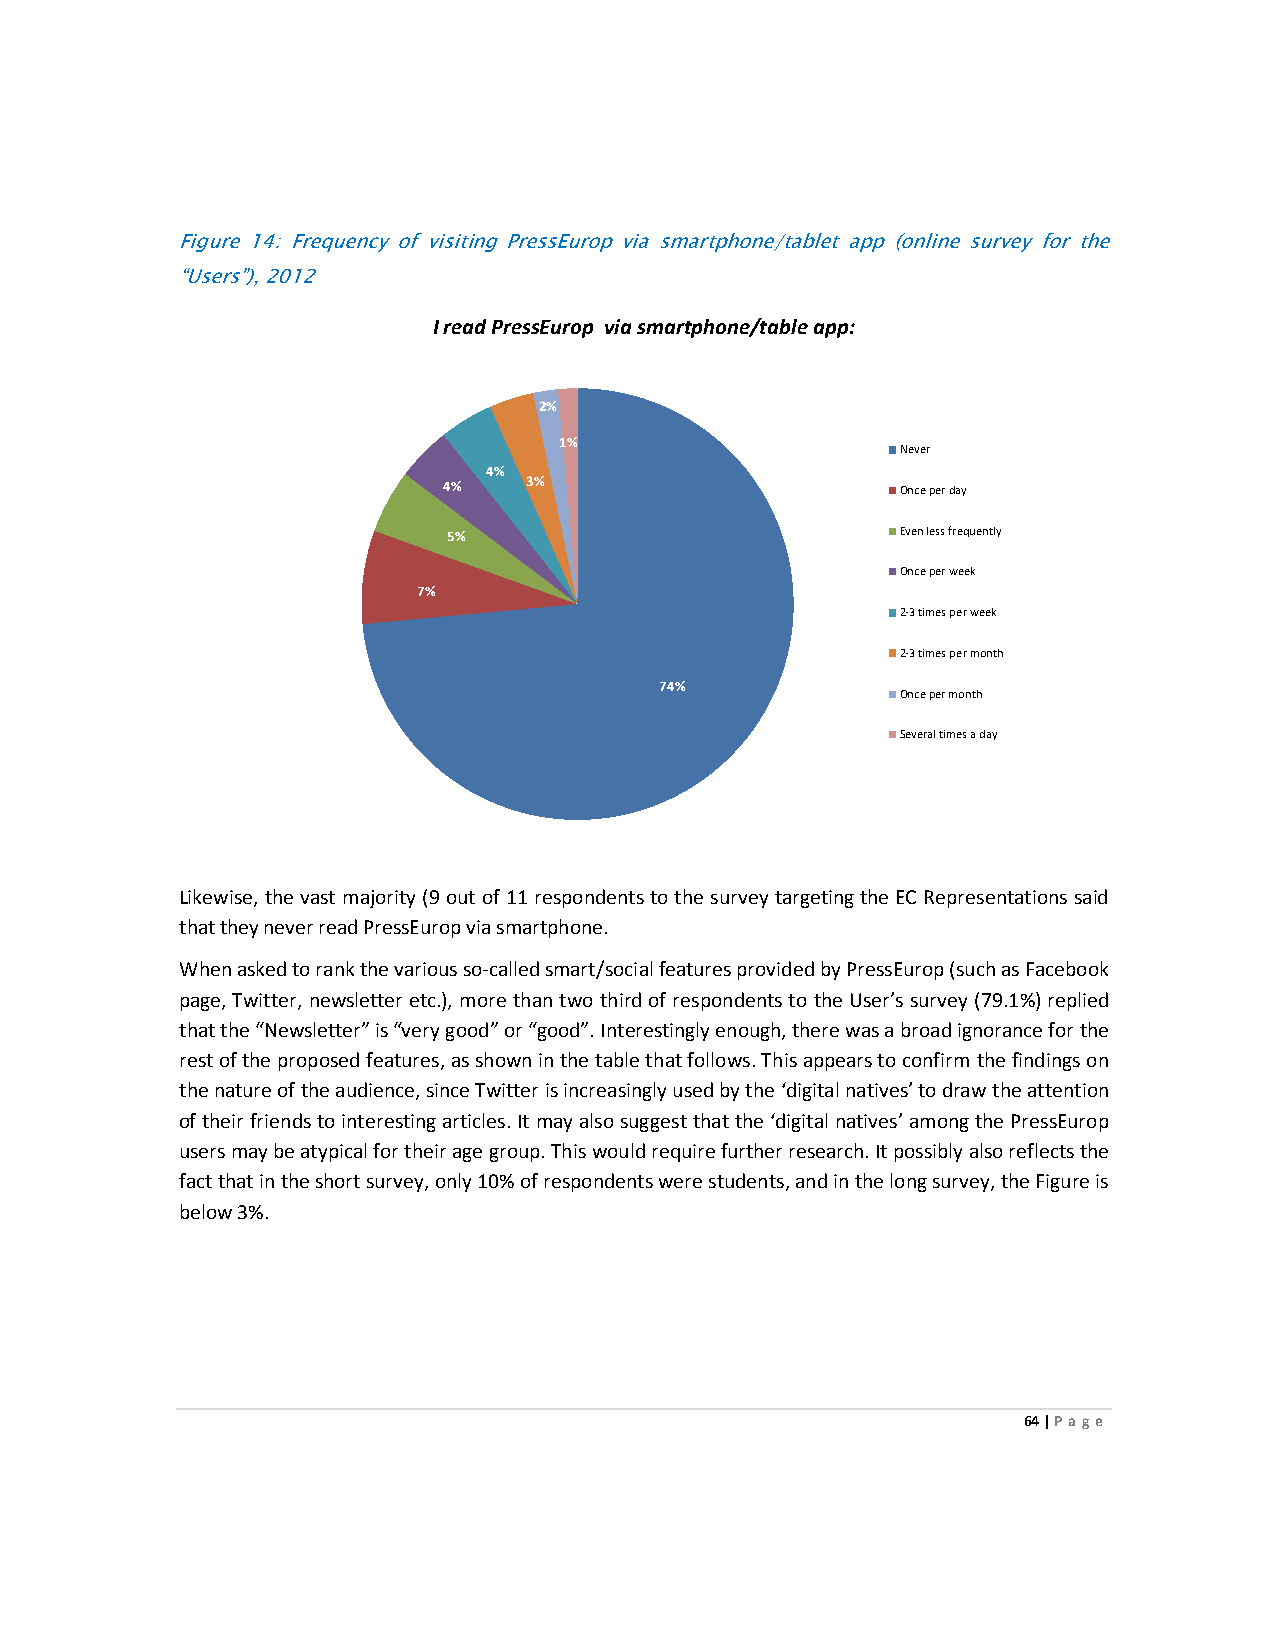
Figure 14: Frequency of visiting PressEurop via smartphone/tablet app (online survey for the
 “Users”), 2012
 I read PressEurop via smartphone/table app:
 2%
 1%
 Never
 4%
 4%    3%                       Once per day
 5%                            Even less frequently
 Once per week
 7%
 2-3 times per week
 2-3 times per month
 74%
 Once per month
 Several times a day
 Likewise, the vast majority (9 out of 11 respondents to the survey targeting the EC Representations said
 that they never read PressEurop via smartphone.
 When asked to rank the various so-called smart/social features provided by PressEurop (such as Facebook
 page, Twitter, newsletter etc.), more than two third of respondents to the User’s survey (79.1%) replied
 that the “Newsletter” is “very good” or “good”. Interestingly enough, there was a broad ignorance for the
 rest of the proposed features, as shown in the table that follows. This appears to confirm the findings on
 the nature of the audience, since Twitter is increasingly used by the ‘digital natives’ to draw the attention
 of their friends to interesting articles. It may also suggest that the ‘digital natives’ among the PressEurop
 users may be atypical for their age group. This would require further research. It possibly also reflects the
 fact that in the short survey, only 10% of respondents were students, and in the long survey, the Figure is
 below 3%.
 64 | Page